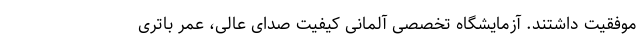
موفقیت داشتند. آزمایشگاه تخصصی آلمانی کیفیت صدای عالی، عمر باتری